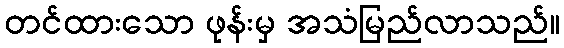
တင်ထားသော ဖုန်းမှ အသံမြည်လာသည်။